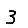
Digit: 3